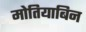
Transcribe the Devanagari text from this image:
मोतियाबिन